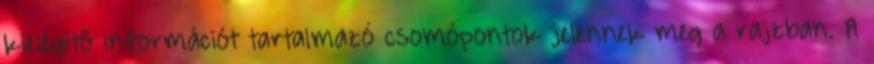
kielégítő információt tartalmazó csomópontok jelennek meg a rajzban. A